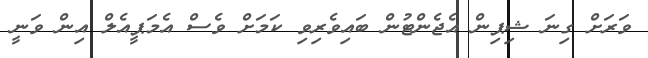
ވަރަށް ގިނަ ޝިޕިން އެޖެންޓުން ބައިވެރިވި ކަމަށް ވެސް އެމަޕީއެލް އިން ވަނީ